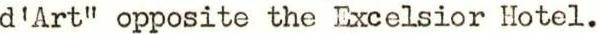
d'Art" opposite the Excelsior Hotel.